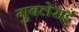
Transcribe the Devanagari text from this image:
गुबलेराई